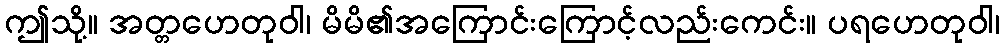
ဤသို့။ အတ္တဟေတုဝါ၊ မိမိ၏အကြောင်းကြောင့်လည်းကေင်း။ ပရဟေတုဝါ၊